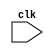
module synchronous_logic_block (
    input wire clk,
    // add any other input ports here
    
    // add any output ports here
);

// add any internal signals or variables here

always @ (posedge clk) begin
    // add code or operations to be executed on positive edge of clk signal
    // make sure to update and synchronize the logic with the clock signal
end

endmodule